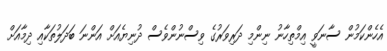
އެހެންކަމުން ސާނަވީ އިމްތިހާނު ނިންމި ދަރިވަރުގެ ވިސްނުންވެސް ދުނިޔެއަށް އަންނަ ބަދަލުތަކާއި ދިމާއަށް